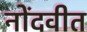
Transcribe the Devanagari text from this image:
नोंदवीत